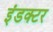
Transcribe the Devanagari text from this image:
इंडक्टर